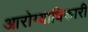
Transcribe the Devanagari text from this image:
आरोग्याधिकारी